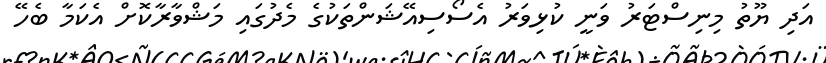
އަދި ޔޫތު މިނިސްޓަރު ވަނީ ކުޅިވަރު އެސޯސިއޭޝަންތަކުގެ މެދުގައި މަޝްވާރާކޮށް އެކަމާ ބެހޭ